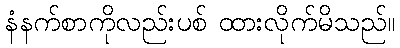
နံနက်စာကိုလည်းပစ် ထားလိုက်မိသည်။